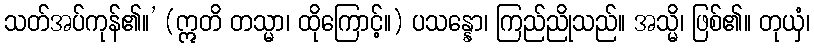
သတ်အပ်ကုန်၏။’ (ဣတိ တသ္မာ၊ ထိုကြောင့်။) ပသန္နော၊ ကြည်ညိုသည်။ အသ္မိ၊ ဖြစ်၏။ တုယှံ၊